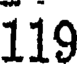
119